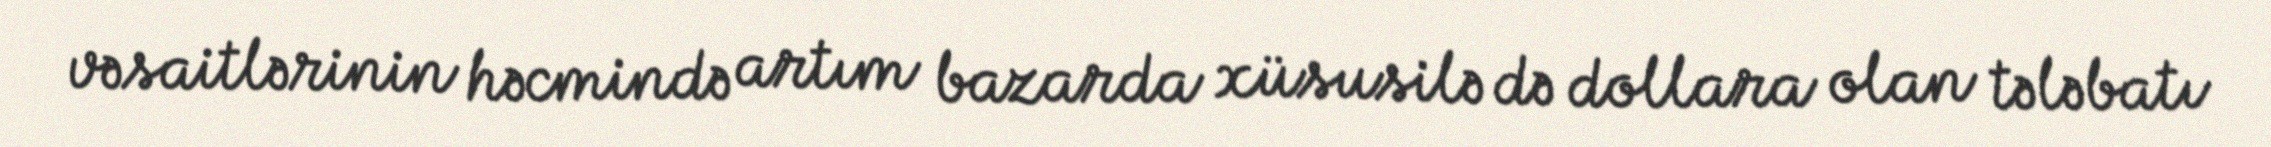
vəsaitlərinin həcmində artım bazarda xüsusilə də dollara olan tələbatı